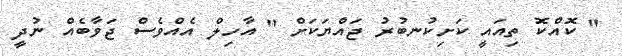
" ކޮއްކޮ ތިއައީ ކަށިކުނބުރު ޖައްޔަކަށް " އާހިލް އެއްވެސް ޖަވާބެއް ނުދީ